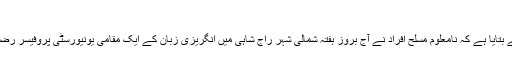
بنگلہ دیش میں پہلے بھی اس طرح کے حملے ہو چکے ہیں
خبر رساں ادارے اے ایف پی نے ڈھاکا میں حکام کے حوالے سے بتایا ہے کہ نامعلوم مسلح افراد نے آج بروز ہفتہ شمالی شہر راج شاہی میں انگریزی زبان کے ایک مقامی یونیورسٹی پروفیسر رضاالکریم صدیق کو خنجروں کے وار کر کے ہلاک کر دیا گیا ہے۔